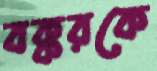
বক্করকে